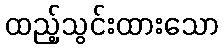
ထည့်သွင်းထားသော